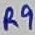
Text: R9